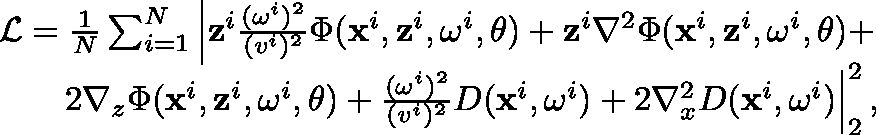
\begin{array} { r } { \mathcal { L } = \frac { 1 } { N } \sum _ { i = 1 } ^ { N } \left| \mathbf { z } ^ { i } \frac { ( \mathbf { \omega } ^ { i } ) ^ { 2 } } { ( v ^ { i } ) ^ { 2 } } \Phi ( \mathbf { x } ^ { i } , \mathbf { z } ^ { i } , \mathbf { \omega } ^ { i } , \theta ) + \mathbf { z } ^ { i } \nabla ^ { 2 } \Phi ( \mathbf { x } ^ { i } , \mathbf { z } ^ { i } , \mathbf { \omega } ^ { i } , \theta ) + \right. } \\ { \left. 2 \nabla _ { z } \Phi ( \mathbf { x } ^ { i } , \mathbf { z } ^ { i } , \mathbf { \omega } ^ { i } , \theta ) + \frac { ( \mathbf { \omega } ^ { i } ) ^ { 2 } } { ( v ^ { i } ) ^ { 2 } } D ( \mathbf { x } ^ { i } , \mathbf { \omega } ^ { i } ) + 2 \nabla _ { x } ^ { 2 } D ( \mathbf { x } ^ { i } , \mathbf { \omega } ^ { i } ) \right| _ { 2 } ^ { 2 } , } \end{array}